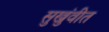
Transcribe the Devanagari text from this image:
सुखुंवीत